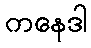
ကနေဒါ